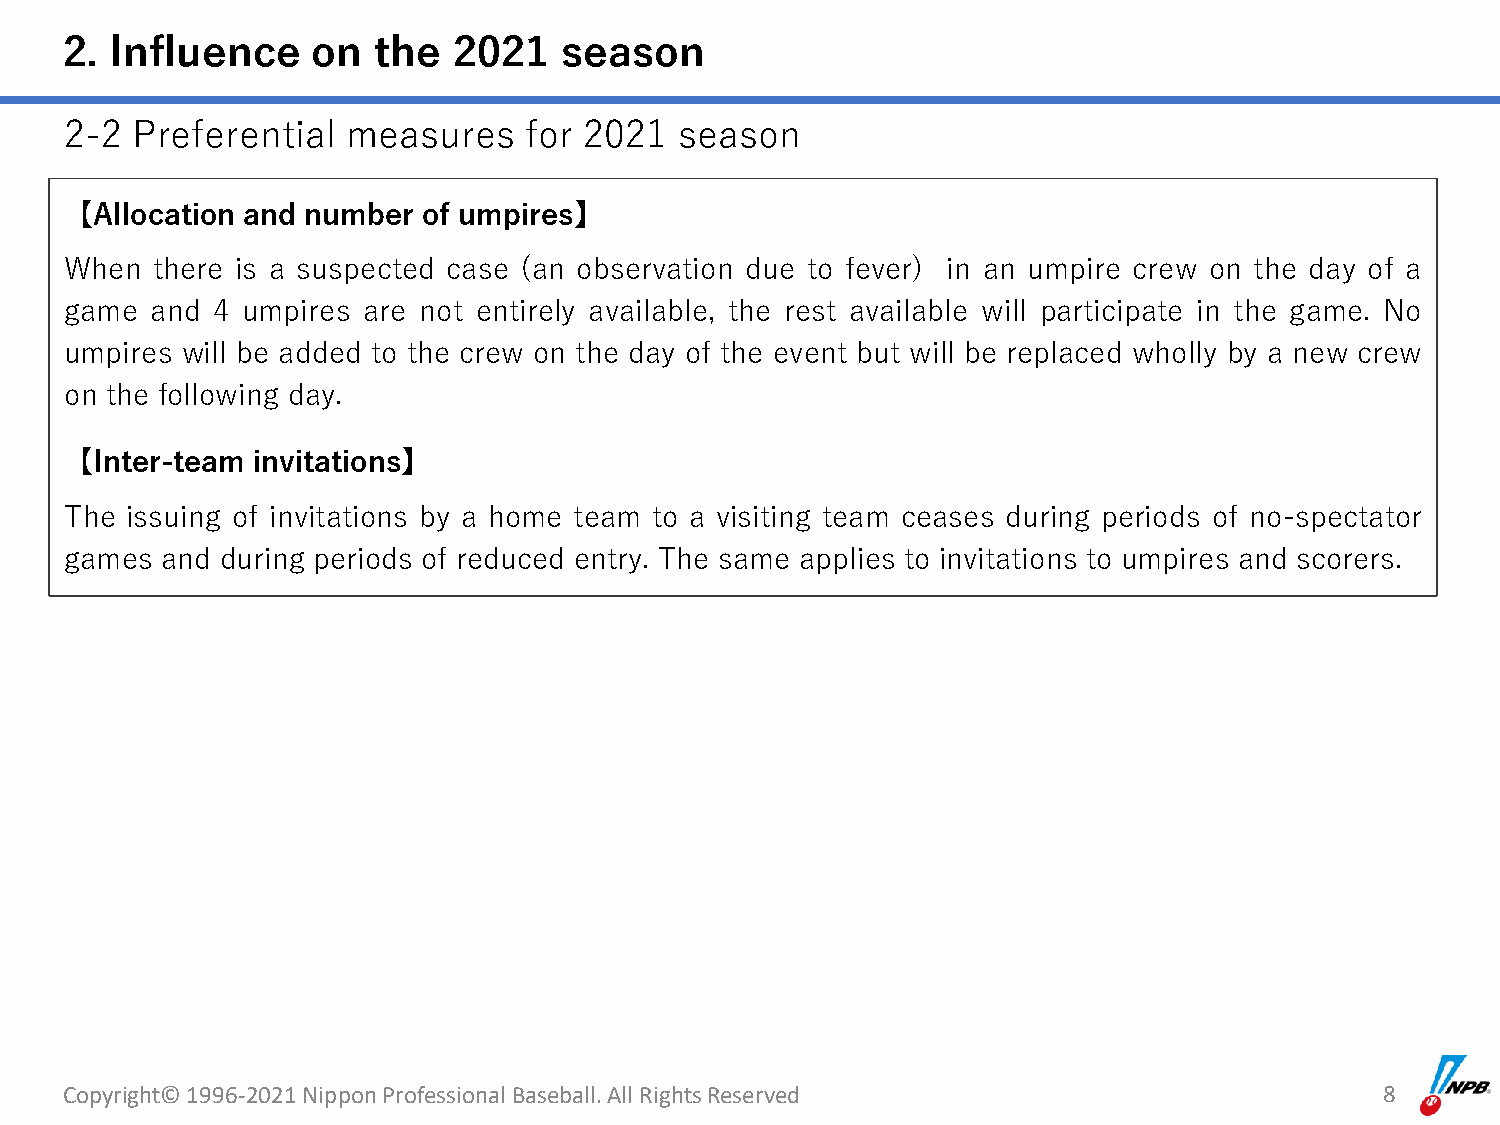
2. Influence     on  the  2021   season
 2-2  Preferential  measures    for 2021  season
 【Allocation and number  of umpires】
 When  there is a suspected case (an observation due to fever) in an umpire crew on the day of a
 game  and 4 umpires are not entirely available, the rest available will participate in the game. No
 umpires will be added to the crew on the day of the event but will be replaced wholly by a new crew
 on the following day.
 【Inter-team  invitations】
 The issuing of invitations by a home team to a visiting team ceases during periods of no-spectator
 games  and during periods of reduced entry. The same applies to invitations to umpires and scorers.
 Copyright© 1996-2021 Nippon Professional Baseball. All Rights Reserved                  8